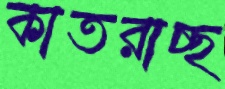
কাতরাচ্ছ